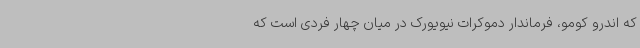
که اندرو کومو، فرماندار دموکرات نیویورک در میان چهار فردی است که